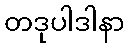
တဒုပါဒါနာ